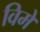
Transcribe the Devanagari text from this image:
विमे